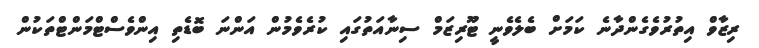
ރިޒާވް އިތުރުވެގެންދާނެ ކަމަށް ބެލެވެނީ ޓޫރިޒަމް ސިނާއަތުގައި ކުރެވެމުން އަންނަ ބޮޑެތި އިންވެސްޓްމަންޓްތަކުން